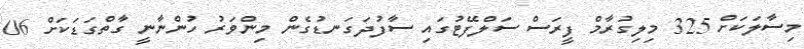
މިސާލަކަށް 325 މިލިގުރާމް ފީރަސް ސަލްފޭޓުގައި ސާފުދަގަނޑުގެން މިންވަރު ހުންނާނީ ގާތްގަޑަކަށް 06